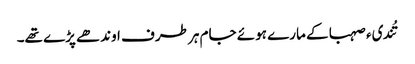
تُندیء صہبا کے مارے ہوئے جام ہر طرف اوندھے پڑے تھے۔